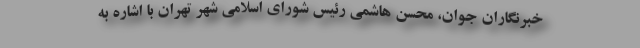
خبرنگاران جوان، محسن هاشمی رئیس شورای اسلامی شهر تهران با اشاره به